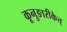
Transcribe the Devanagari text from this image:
कूनुङारीकेत्